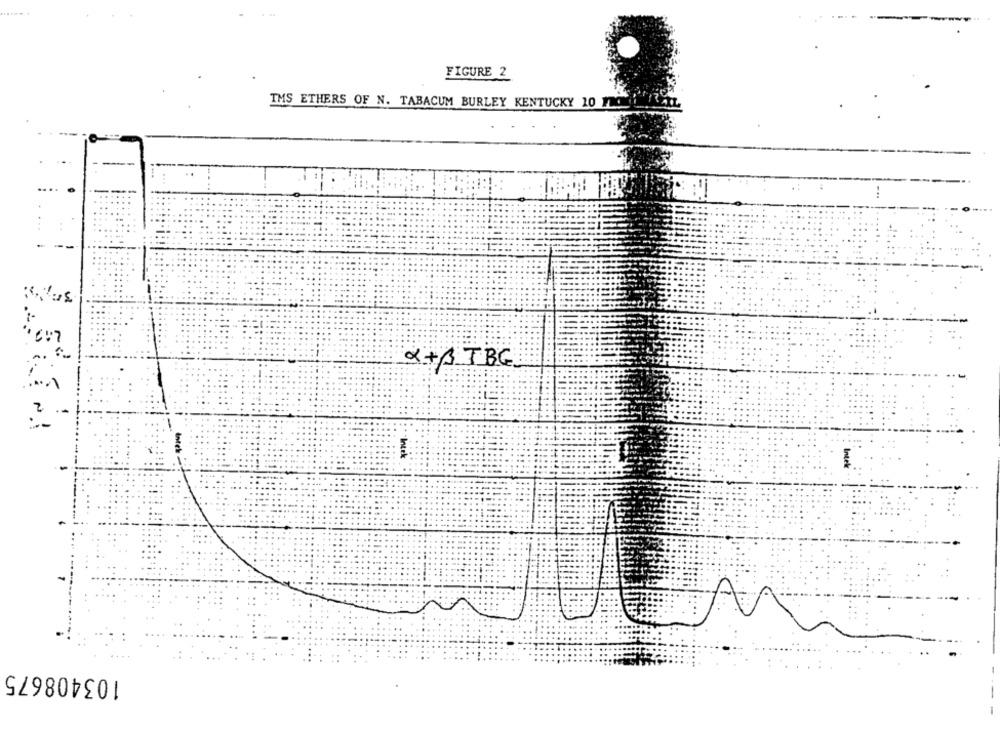
FIGURE 2
TMS ETHERS OF N. TABACUM BURLEY KENTUCKY 10 FC
....
...
--
X+BTBG
.2 .-
Intek
Intel
103408675
---
-